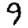
Digit: 9